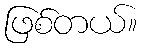
ဖြစ်တယ်။